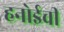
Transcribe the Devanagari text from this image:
हनोईची